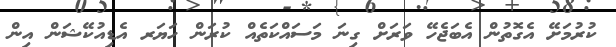
ކުރުމަށޭ އެގޮތުން އެބަޖެހޭ ވަރަށް ގިނަ މަސައްކަތެއް ކުރަން ހަޔަރ އެޑިއުކޭޝަން އިން